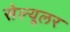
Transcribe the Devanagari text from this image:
सेल्‍यूलर